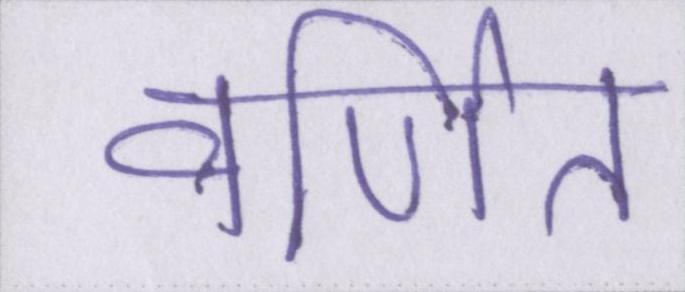
वर्णित